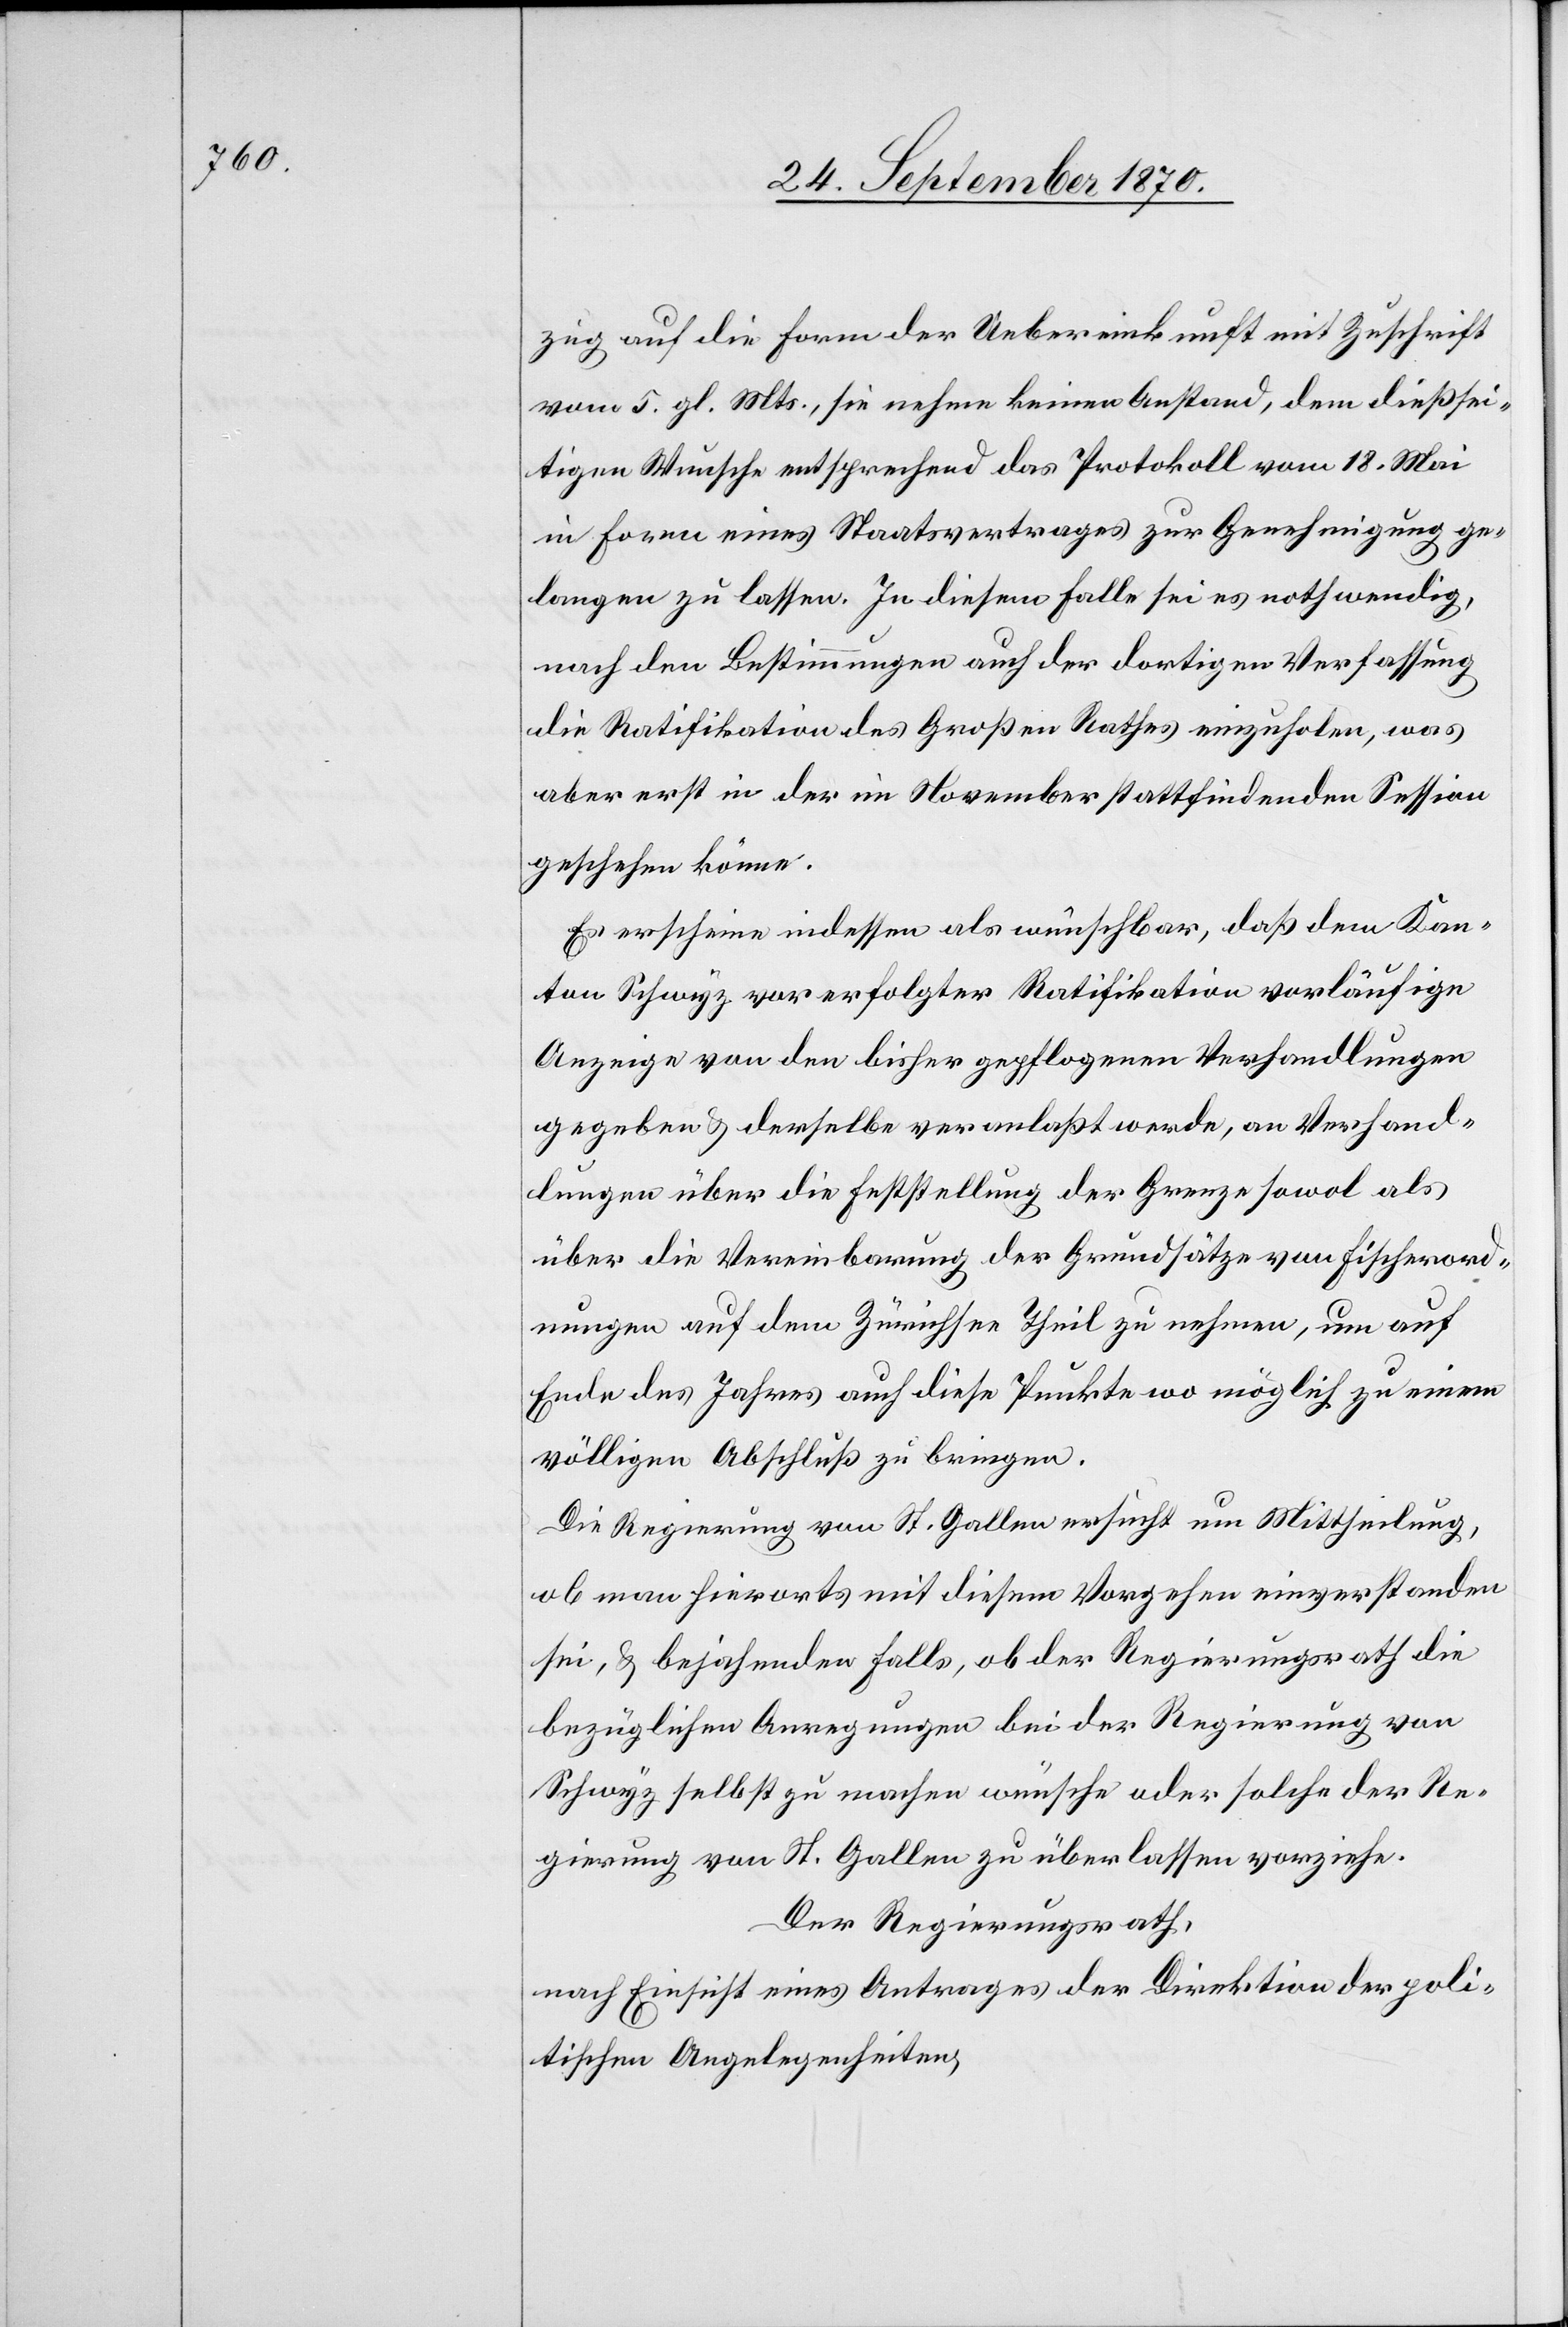
zug auf die Form der Uebereinkunft mit Zuschrift
vom 5. gl. Mts., sie nehme keinen Anstand, dem dießsei¬
tigen Wunsche entsprechend das Protokoll vom 18. Mai
in Form eines Staatsvertrages zur Genehmigung ge¬
langen zu lassen. In diesem Falle sei es nothwendig,
nach den Bestimmungen auch der dortigen Verfassung
die Ratifikation des Großen Rathes einzuholen, was
aber erst in der im November stattfindenden Session
geschehen könne.
Es erscheine indessen als wünschbar, daß dem Kan¬
ton Schwyz vor erfolgter Ratifikation vorläufige
Anzeige von den bisher gepflegten Verhandlungen
gegeben & derselbe veranlaßt werde, an Verhand¬
lungen über die Feststellung der Grenze sowol als
über die Vereinbarung der Grundsätze von Fischerord¬
nungen auf dem Zürichsee Theil zu nehmen, um auf
Ende des Jahres auch diese Punkte wo möglich zu einem
völligen Abschluß zu bringen.
Die Regierung von St. Gallen ersucht um Mittheilung,
ob man hierorts mit diesem Vorgehen einverstanden
sei, & bejahenden Falls, ob der Regierungsrath die
bezüglichen Anregungen bei der Regierung von
Schwyz selbst zu machen wünsche oder solche der Re¬
gierung von St. Gallen zu überlassen vorziehe.
Der Regierungsrath,
nach Einsicht eines Antrages der Direktion der poli¬
tischen Angelegenheiten,